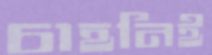
চাহনিই